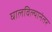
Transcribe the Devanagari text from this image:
घालविल्यानंतर